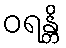
ဝရန္တိ